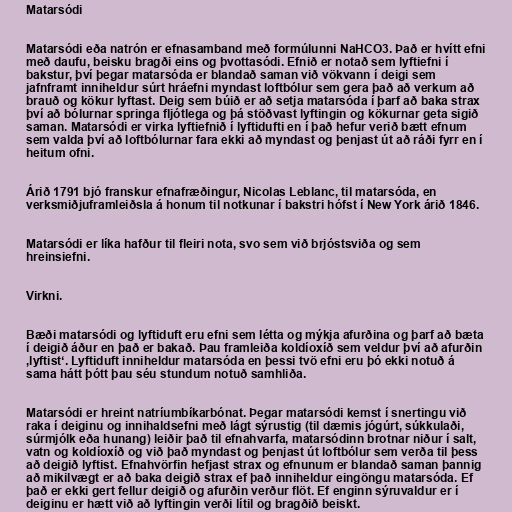
Matarsódi

Matarsódi eða natrón er efnasamband með formúlunni NaHCO3. Það er hvítt efni
með daufu, beisku bragði eins og þvottasódi. Efnið er notað sem lyftiefni í
bakstur, því þegar matarsóda er blandað saman við vökvann í deigi sem
jafnframt inniheldur súrt hráefni myndast loftbólur sem gera það að verkum að
brauð og kökur lyftast. Deig sem búið er að setja matarsóda í þarf að baka strax
því að bólurnar springa fljótlega og þá stöðvast lyftingin og kökurnar geta sigið
saman. Matarsódi er virka lyftiefnið í lyftidufti en í það hefur verið bætt efnum
sem valda því að loftbólurnar fara ekki að myndast og þenjast út að ráði fyrr en í
heitum ofni.

Árið 1791 bjó franskur efnafræðingur, Nicolas Leblanc, til matarsóda, en
verksmiðjuframleiðsla á honum til notkunar í bakstri hófst í New York árið 1846.

Matarsódi er líka hafður til fleiri nota, svo sem við brjóstsviða og sem
hreinsiefni.

Virkni.

Bæði matarsódi og lyftiduft eru efni sem létta og mýkja afurðina og þarf að bæta
í deigið áður en það er bakað. Þau framleiða koldíoxíð sem veldur því að afurðin
‚lyftist‘. Lyftiduft inniheldur matarsóda en þessi tvö efni eru þó ekki notuð á
sama hátt þótt þau séu stundum notuð samhliða.

Matarsódi er hreint natríumbíkarbónat. Þegar matarsódi kemst í snertingu við
raka í deiginu og innihaldsefni með lágt sýrustig (til dæmis jógúrt, súkkulaði,
súrmjólk eða hunang) leiðir það til efnahvarfa, matarsódinn brotnar niður í salt,
vatn og koldíoxíð og við það myndast og þenjast út loftbólur sem verða til þess
að deigið lyftist. Efnahvörfin hefjast strax og efnunum er blandað saman þannig
að mikilvægt er að baka deigið strax ef það inniheldur eingöngu matarsóda. Ef
það er ekki gert fellur deigið og afurðin verður flöt. Ef enginn sýruvaldur er í
deiginu er hætt við að lyftingin verði lítil og bragðið beiskt.